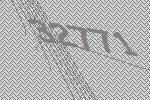
32771